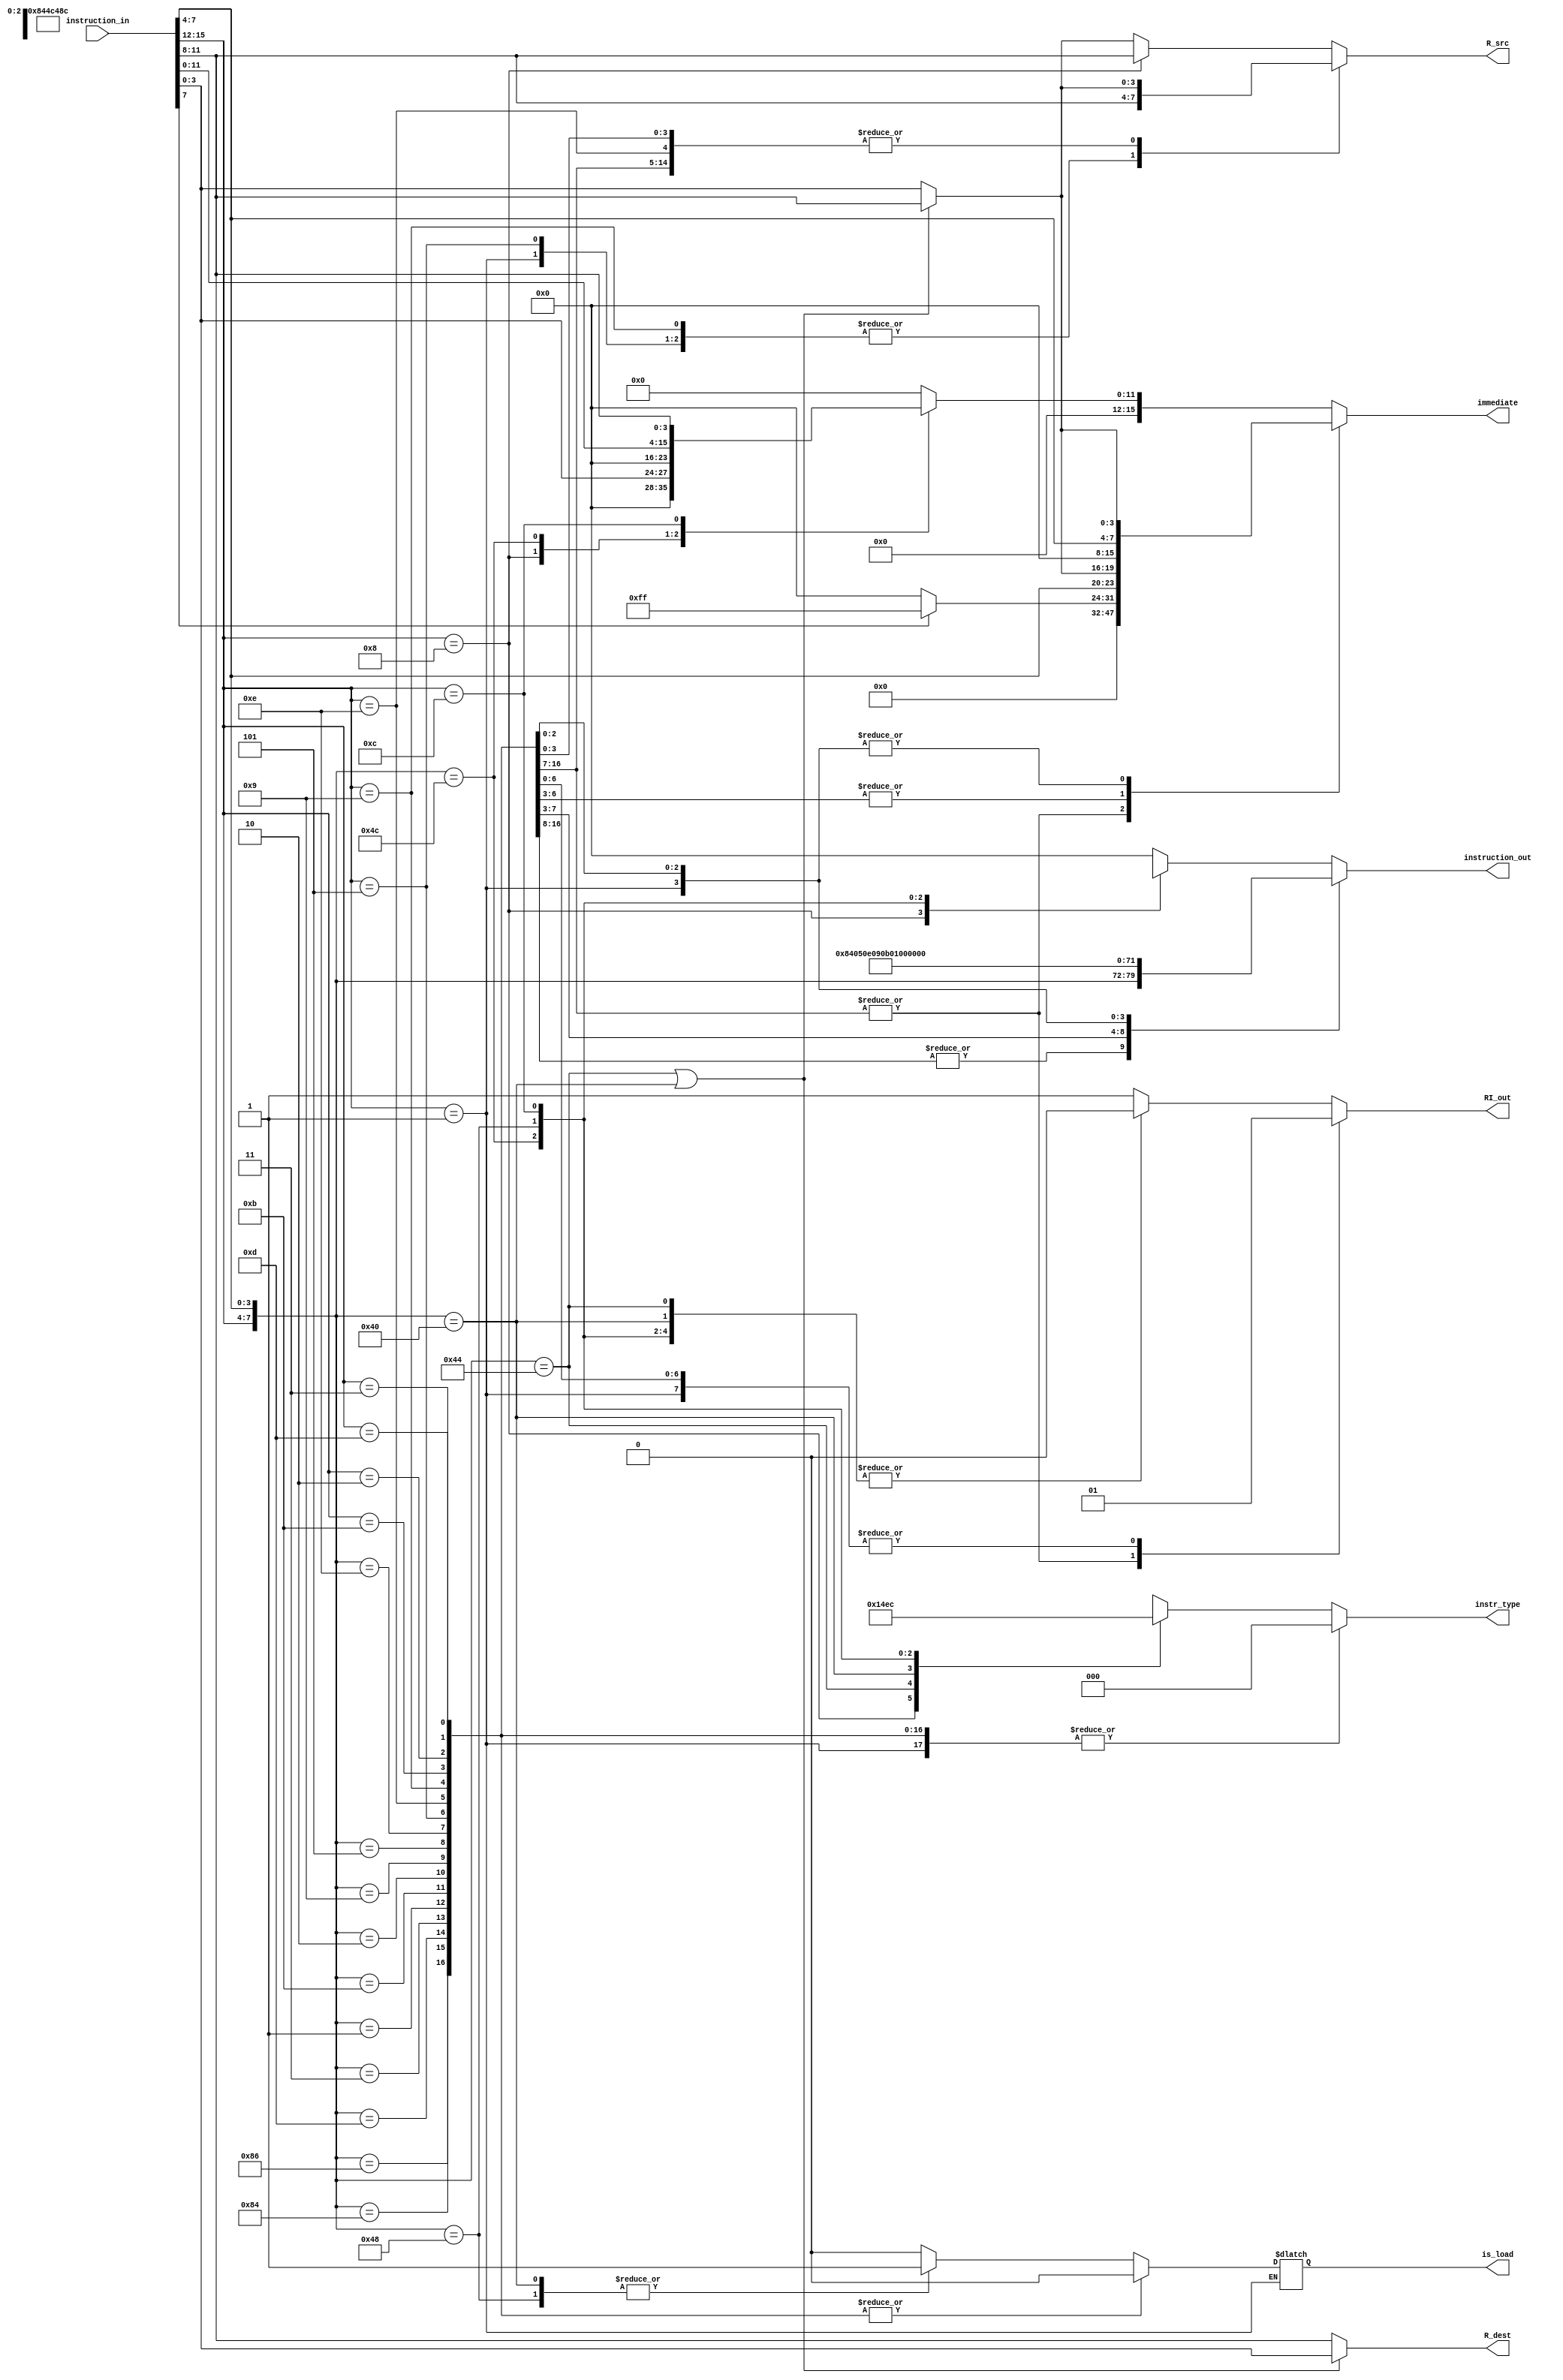
module decoder(instruction_in, instruction_out, R_dest, R_src, immediate, RI_out, instr_type, is_load);

input [15:0] instruction_in;

output reg [15:0] immediate;
output reg [7:0] instruction_out;
//output reg [3:0] R_dest, R_src;

//10/28/2021 REMOVE CIN, NO NEED NO MORE


//Exract registers from instruction
output reg [3:0] R_src;
//assign R_src = instruction_in[3:0];
output reg [3:0] R_dest;
//assign R_dest = instruction_in[11:8];

wire [7:0] op = {instruction_in[15:12], instruction_in[7:4]};

reg [7:0] ipad;
output reg RI_out; //0 is register, 1 is immediate for RI_out

//00 is R-Type, 01 is STORE, 10 is LOAD
output reg [2:0] instr_type;
output reg is_load;

// Parameter Defintions:
parameter ADD = 	8'b00000101;
parameter SUB =   8'b00001001;
parameter MUL =   8'b00001110;
parameter OR = 	8'b00000010;
parameter CMP = 	8'b00001011;
parameter AND = 	8'b00000001;
parameter XOR = 	8'b00000011;
parameter MOV = 	8'b00001101;
parameter LSH = 	8'b10000100;
parameter ASHU = 	8'b10000110;
parameter ADDI =  8'b0101xxxx;
parameter MULI =  8'b1110xxxx;
parameter SUBI =  8'b1001xxxx;
parameter CMPI = 	8'b1011xxxx;
parameter ANDI = 	8'b0001xxxx;
parameter ORI = 	8'b0010xxxx;
parameter XORI = 	8'b0011xxxx;
parameter MOVI = 	8'b1101xxxx;
parameter LSHI = 	8'b1000xxxx;
parameter LUI = 	8'b1111xxxx;
parameter LOAD =  8'b01000000;
parameter STORE = 8'b01000100;

parameter JCOND = 8'b01001100;
parameter JAL =   8'b01001000;
parameter BCOND = 8'b1100xxxx;

always @(instruction_in, op, R_src, R_dest)
	begin 
		if(op == STORE || op == LOAD)
			begin
				R_src = instruction_in[11:8];
				R_dest = instruction_in[3:0];
			end
//		if(op[7:4] == ADDI[7:4]) 
//			begin
//				R_src = instruction_in[11:8];
//				R_dest = instruction_in[11:8];
//			end
		else
			begin
				R_src = instruction_in[3:0]; // rtarget for jump
				R_dest = instruction_in[11:8]; // cond
			end
			
		casex(op)
			ADD, SUB, OR, CMP, AND, XOR, MOV, LSH, ASHU:
				begin		
					instruction_out = op;
					ipad = 8'b00000000; 
					immediate = 16'b0000000000000000;
					RI_out = 0;
					instr_type = 3'b000;
					is_load = 0;
				end
				
			MUL:
				begin
					instruction_out = LSH;
					ipad = 8'b00000000;
					immediate = 16'b0000000000000000;
					RI_out = 0;
					instr_type = 3'b000;
					is_load = 0;
				end
				
			ADDI:
				begin
					instruction_out = ADD;
					if(instruction_in[7] == 1)
						ipad = 8'b11111111;
					else
						ipad = 8'b00000000;
					
					immediate = {ipad, instruction_in[7:4], R_src};
					R_src = instruction_in[11:8];
					RI_out = 1;
					instr_type = 3'b000;
					is_load = 0;
				end
			
			MULI:
				begin
					instruction_out = MUL;
					if(instruction_in[7] == 1)
						ipad = 8'b11111111;
					else
						ipad = 8'b00000000;
					
					immediate = {ipad, instruction_in[7:4], R_src};
					RI_out = 1;
					instr_type = 3'b000;
					is_load = 0;
				end
				
			SUBI:
				begin
					instruction_out = SUB;
					if(instruction_in[7] == 1)
						ipad = 8'b11111111;
					else
						ipad = 8'b00000000;
						
					immediate = {ipad, instruction_in[7:4], R_src};
					R_src = instruction_in[11:8];
					RI_out = 1;
					instr_type = 3'b000;
					is_load = 0;
				end
			
			CMPI:
				begin
					instruction_out = CMP;
					if(instruction_in[7] == 1)
						ipad = 8'b11111111;
					else
						ipad = 8'b00000000;
					
					immediate = {ipad, instruction_in[7:4], R_src};
					RI_out = 1;
					instr_type = 3'b000;
					is_load = 0;
				end
				
			ANDI:
				begin
					instruction_out = AND;
					ipad = 8'b00000000;
					immediate = {ipad, instruction_in[7:4], R_src};
					RI_out = 1;
					R_src = instruction_in[11:8];
					instr_type = 3'b000;
				end
			
			ORI:
				begin
					instruction_out = OR;
					ipad = 8'b00000000;
					immediate = {ipad, instruction_in[7:4], R_src};
					RI_out = 1;
					instr_type = 3'b000;
					is_load = 0;
				end
			
			XORI:
				begin
					instruction_out = XOR;
					ipad = 8'b00000000;
					immediate = {ipad, instruction_in[7:4], R_src};
					RI_out = 1;
					instr_type = 3'b000;
					is_load = 0;
				end
				
			MOVI:
				begin
					instruction_out = MOV;
					ipad = 8'b00000000;
					immediate = {ipad, instruction_in[7:4], R_src};
					RI_out = 1;
					instr_type = 3'b000;
					is_load = 0;
				end
				
			LSHI:
				begin
					instruction_out = LSH;
					R_src = instruction_in[11:8];
					ipad = 8'b00000000;
					immediate = {ipad, 4'b0000, instruction_in[3:0]};
					RI_out = 1;
					instr_type = 3'b000;
					is_load = 0;
				end
				
			STORE:
				begin
					instruction_out = 8'b00000000;
					ipad = 8'b00000000;
					immediate = 16'b0000000000000000;
					RI_out = 0;
					instr_type = 3'b001;
					is_load = 0;
				end
				
			LOAD:
				begin
					instruction_out = 8'b00000000;
					ipad = 8'b00000000;
					immediate = 16'b0000000000000000;
					RI_out = 0;
					instr_type = 3'b010;
					is_load = 1;
				end
				
				
				//Jump conditional
		  JCOND: begin
						instruction_out = JCOND;
						instr_type = 3'b011;
						ipad = 8'b00000000;
						immediate = {12'b000000000000, instruction_in[11:8]}; // cond
						RI_out = 0;
						is_load = 0;
					end	
			//Jump and link		
		  JAL: begin
					instruction_out = JAL;
					instr_type = 3'b101;
					ipad = 8'b00000000;
					immediate = 16'b0000000000000000;
					RI_out = 0;
					is_load = 1;
				end
			
		 //Branch unconditional
		  BCOND: begin
						instruction_out = BCOND;
						instr_type = 3'b100;
						ipad = 8'b00000000;
						immediate = {4'b0000,instruction_in[7:0],instruction_in[11:8]}; // cond
						RI_out = 0;
						is_load = 0;
					end
			default:
				begin
					instruction_out = 8'b00000000;
					ipad = 8'b00000000;
					immediate = 16'b0000000000000000;
					RI_out = 1;
					instr_type = 3'bxxx;
					is_load = 0;
				end
		endcase
	end

endmodule